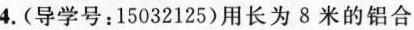
4.(导学号：15032125)用长为8米的铝合